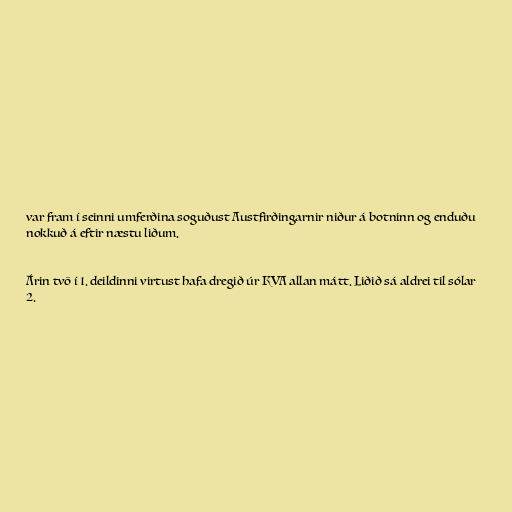
var fram í seinni umferðina soguðust Austfirðingarnir niður á botninn og enduðu
nokkuð á eftir næstu liðum.

Árin tvö í 1. deildinni virtust hafa dregið úr KVA allan mátt. Liðið sá aldrei til sólar
2.